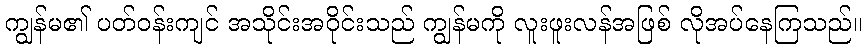
ကျွန်မ၏ ပတ်ဝန်းကျင် အသိုင်းအဝိုင်းသည် ကျွန်မကို လူးဖူးလန်အဖြစ် လိုအပ်နေကြသည်။